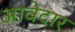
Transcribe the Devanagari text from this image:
आवेदार